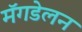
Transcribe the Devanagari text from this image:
मॅगडेलन